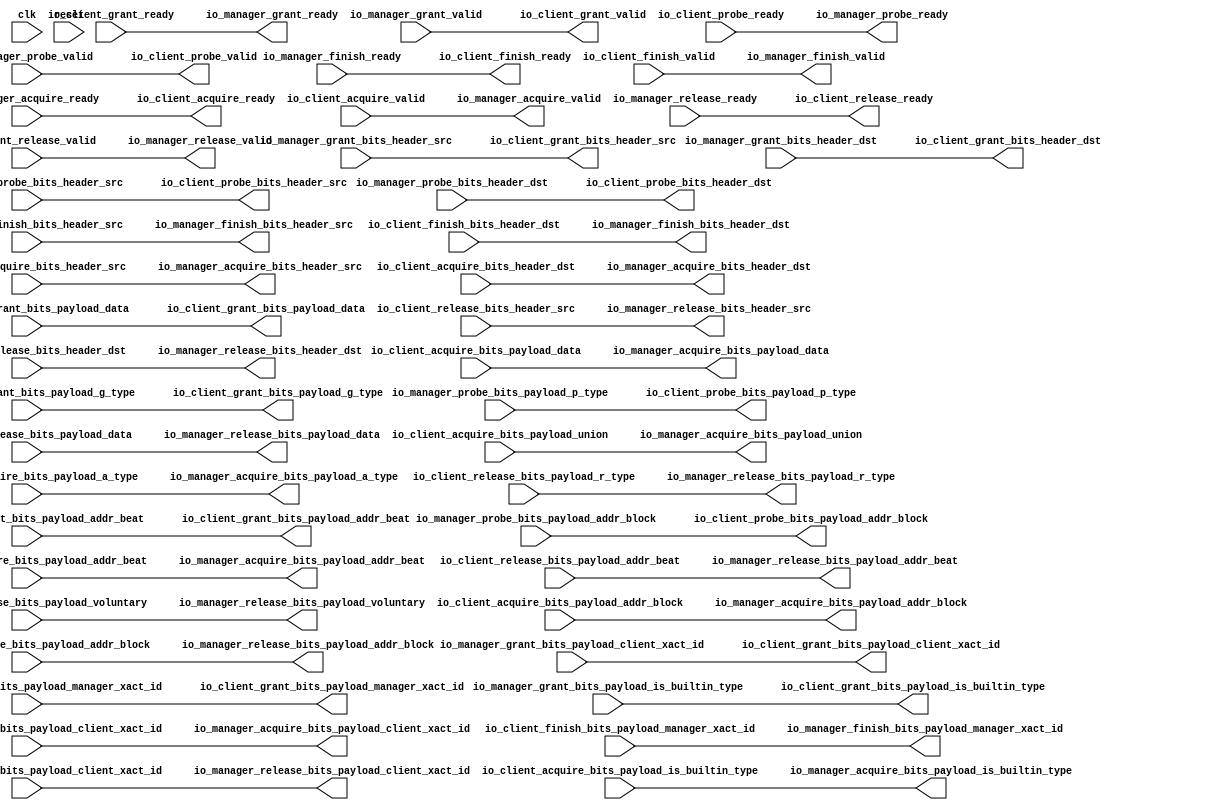
// Copyright (c) 2017, Microsemi Corporation
// All rights reserved.
//
// Redistribution and use in source and binary forms, with or without
// modification, are permitted provided that the following conditions are met:
//     * Redistributions of source code must retain the above copyright
//       notice, this list of conditions and the following disclaimer.
//     * Redistributions in binary form must reproduce the above copyright
//       notice, this list of conditions and the following disclaimer in the
//       documentation and/or other materials provided with the distribution.
//     * Neither the name of the <organization> nor the
//       names of its contributors may be used to endorse or promote products
//       derived from this software without specific prior written permission.
//
// THIS SOFTWARE IS PROVIDED BY THE COPYRIGHT HOLDERS AND CONTRIBUTORS "AS IS" AND
// ANY EXPRESS OR IMPLIED WARRANTIES, INCLUDING, BUT NOT LIMITED TO, THE IMPLIED
// WARRANTIES OF MERCHANTABILITY AND FITNESS FOR A PARTICULAR PURPOSE ARE
// DISCLAIMED. IN NO EVENT SHALL MICROSEMI CORPORATIONM BE LIABLE FOR ANY
// DIRECT, INDIRECT, INCIDENTAL, SPECIAL, EXEMPLARY, OR CONSEQUENTIAL DAMAGES
// (INCLUDING, BUT NOT LIMITED TO, PROCUREMENT OF SUBSTITUTE GOODS OR SERVICES;
// LOSS OF USE, DATA, OR PROFITS; OR BUSINESS INTERRUPTION) HOWEVER CAUSED AND
// ON ANY THEORY OF LIABILITY, WHETHER IN CONTRACT, STRICT LIABILITY, OR TORT
// (INCLUDING NEGLIGENCE OR OTHERWISE) ARISING IN ANY WAY OUT OF THE USE OF THIS
// SOFTWARE, EVEN IF ADVISED OF THE POSSIBILITY OF SUCH DAMAGE.
//
// Description:
//
// SVN Revision Information:
// SVN $Revision: 29484 $
// SVN $Date: 2017-03-31 09:57:25 +0100 (Fri, 31 Mar 2017) $
//
// Resolved SARs
// SAR      Date     Who   Description
//
// Notes:
//
// ****************************************************************************/
`define RANDOMIZE
`timescale 1ns/10ps
module PROC_SUBSYSTEM_CORERISCV_AXI4_0_CORERISCV_AXI4_TILE_LINK_ENQUEUER_2(
  input   clk,
  input   reset,
  output  io_client_acquire_ready,
  input   io_client_acquire_valid,
  input  [1:0] io_client_acquire_bits_header_src,
  input  [1:0] io_client_acquire_bits_header_dst,
  input  [25:0] io_client_acquire_bits_payload_addr_block,
  input   io_client_acquire_bits_payload_client_xact_id,
  input  [2:0] io_client_acquire_bits_payload_addr_beat,
  input   io_client_acquire_bits_payload_is_builtin_type,
  input  [2:0] io_client_acquire_bits_payload_a_type,
  input  [11:0] io_client_acquire_bits_payload_union,
  input  [63:0] io_client_acquire_bits_payload_data,
  input   io_client_grant_ready,
  output  io_client_grant_valid,
  output [1:0] io_client_grant_bits_header_src,
  output [1:0] io_client_grant_bits_header_dst,
  output [2:0] io_client_grant_bits_payload_addr_beat,
  output  io_client_grant_bits_payload_client_xact_id,
  output [1:0] io_client_grant_bits_payload_manager_xact_id,
  output  io_client_grant_bits_payload_is_builtin_type,
  output [3:0] io_client_grant_bits_payload_g_type,
  output [63:0] io_client_grant_bits_payload_data,
  output  io_client_finish_ready,
  input   io_client_finish_valid,
  input  [1:0] io_client_finish_bits_header_src,
  input  [1:0] io_client_finish_bits_header_dst,
  input  [1:0] io_client_finish_bits_payload_manager_xact_id,
  input   io_client_probe_ready,
  output  io_client_probe_valid,
  output [1:0] io_client_probe_bits_header_src,
  output [1:0] io_client_probe_bits_header_dst,
  output [25:0] io_client_probe_bits_payload_addr_block,
  output [1:0] io_client_probe_bits_payload_p_type,
  output  io_client_release_ready,
  input   io_client_release_valid,
  input  [1:0] io_client_release_bits_header_src,
  input  [1:0] io_client_release_bits_header_dst,
  input  [2:0] io_client_release_bits_payload_addr_beat,
  input  [25:0] io_client_release_bits_payload_addr_block,
  input   io_client_release_bits_payload_client_xact_id,
  input   io_client_release_bits_payload_voluntary,
  input  [2:0] io_client_release_bits_payload_r_type,
  input  [63:0] io_client_release_bits_payload_data,
  input   io_manager_acquire_ready,
  output  io_manager_acquire_valid,
  output [1:0] io_manager_acquire_bits_header_src,
  output [1:0] io_manager_acquire_bits_header_dst,
  output [25:0] io_manager_acquire_bits_payload_addr_block,
  output  io_manager_acquire_bits_payload_client_xact_id,
  output [2:0] io_manager_acquire_bits_payload_addr_beat,
  output  io_manager_acquire_bits_payload_is_builtin_type,
  output [2:0] io_manager_acquire_bits_payload_a_type,
  output [11:0] io_manager_acquire_bits_payload_union,
  output [63:0] io_manager_acquire_bits_payload_data,
  output  io_manager_grant_ready,
  input   io_manager_grant_valid,
  input  [1:0] io_manager_grant_bits_header_src,
  input  [1:0] io_manager_grant_bits_header_dst,
  input  [2:0] io_manager_grant_bits_payload_addr_beat,
  input   io_manager_grant_bits_payload_client_xact_id,
  input  [1:0] io_manager_grant_bits_payload_manager_xact_id,
  input   io_manager_grant_bits_payload_is_builtin_type,
  input  [3:0] io_manager_grant_bits_payload_g_type,
  input  [63:0] io_manager_grant_bits_payload_data,
  input   io_manager_finish_ready,
  output  io_manager_finish_valid,
  output [1:0] io_manager_finish_bits_header_src,
  output [1:0] io_manager_finish_bits_header_dst,
  output [1:0] io_manager_finish_bits_payload_manager_xact_id,
  output  io_manager_probe_ready,
  input   io_manager_probe_valid,
  input  [1:0] io_manager_probe_bits_header_src,
  input  [1:0] io_manager_probe_bits_header_dst,
  input  [25:0] io_manager_probe_bits_payload_addr_block,
  input  [1:0] io_manager_probe_bits_payload_p_type,
  input   io_manager_release_ready,
  output  io_manager_release_valid,
  output [1:0] io_manager_release_bits_header_src,
  output [1:0] io_manager_release_bits_header_dst,
  output [2:0] io_manager_release_bits_payload_addr_beat,
  output [25:0] io_manager_release_bits_payload_addr_block,
  output  io_manager_release_bits_payload_client_xact_id,
  output  io_manager_release_bits_payload_voluntary,
  output [2:0] io_manager_release_bits_payload_r_type,
  output [63:0] io_manager_release_bits_payload_data
);
  assign io_client_acquire_ready = io_manager_acquire_ready;
  assign io_client_grant_valid = io_manager_grant_valid;
  assign io_client_grant_bits_header_src = io_manager_grant_bits_header_src;
  assign io_client_grant_bits_header_dst = io_manager_grant_bits_header_dst;
  assign io_client_grant_bits_payload_addr_beat = io_manager_grant_bits_payload_addr_beat;
  assign io_client_grant_bits_payload_client_xact_id = io_manager_grant_bits_payload_client_xact_id;
  assign io_client_grant_bits_payload_manager_xact_id = io_manager_grant_bits_payload_manager_xact_id;
  assign io_client_grant_bits_payload_is_builtin_type = io_manager_grant_bits_payload_is_builtin_type;
  assign io_client_grant_bits_payload_g_type = io_manager_grant_bits_payload_g_type;
  assign io_client_grant_bits_payload_data = io_manager_grant_bits_payload_data;
  assign io_client_finish_ready = io_manager_finish_ready;
  assign io_client_probe_valid = io_manager_probe_valid;
  assign io_client_probe_bits_header_src = io_manager_probe_bits_header_src;
  assign io_client_probe_bits_header_dst = io_manager_probe_bits_header_dst;
  assign io_client_probe_bits_payload_addr_block = io_manager_probe_bits_payload_addr_block;
  assign io_client_probe_bits_payload_p_type = io_manager_probe_bits_payload_p_type;
  assign io_client_release_ready = io_manager_release_ready;
  assign io_manager_acquire_valid = io_client_acquire_valid;
  assign io_manager_acquire_bits_header_src = io_client_acquire_bits_header_src;
  assign io_manager_acquire_bits_header_dst = io_client_acquire_bits_header_dst;
  assign io_manager_acquire_bits_payload_addr_block = io_client_acquire_bits_payload_addr_block;
  assign io_manager_acquire_bits_payload_client_xact_id = io_client_acquire_bits_payload_client_xact_id;
  assign io_manager_acquire_bits_payload_addr_beat = io_client_acquire_bits_payload_addr_beat;
  assign io_manager_acquire_bits_payload_is_builtin_type = io_client_acquire_bits_payload_is_builtin_type;
  assign io_manager_acquire_bits_payload_a_type = io_client_acquire_bits_payload_a_type;
  assign io_manager_acquire_bits_payload_union = io_client_acquire_bits_payload_union;
  assign io_manager_acquire_bits_payload_data = io_client_acquire_bits_payload_data;
  assign io_manager_grant_ready = io_client_grant_ready;
  assign io_manager_finish_valid = io_client_finish_valid;
  assign io_manager_finish_bits_header_src = io_client_finish_bits_header_src;
  assign io_manager_finish_bits_header_dst = io_client_finish_bits_header_dst;
  assign io_manager_finish_bits_payload_manager_xact_id = io_client_finish_bits_payload_manager_xact_id;
  assign io_manager_probe_ready = io_client_probe_ready;
  assign io_manager_release_valid = io_client_release_valid;
  assign io_manager_release_bits_header_src = io_client_release_bits_header_src;
  assign io_manager_release_bits_header_dst = io_client_release_bits_header_dst;
  assign io_manager_release_bits_payload_addr_beat = io_client_release_bits_payload_addr_beat;
  assign io_manager_release_bits_payload_addr_block = io_client_release_bits_payload_addr_block;
  assign io_manager_release_bits_payload_client_xact_id = io_client_release_bits_payload_client_xact_id;
  assign io_manager_release_bits_payload_voluntary = io_client_release_bits_payload_voluntary;
  assign io_manager_release_bits_payload_r_type = io_client_release_bits_payload_r_type;
  assign io_manager_release_bits_payload_data = io_client_release_bits_payload_data;
endmodule